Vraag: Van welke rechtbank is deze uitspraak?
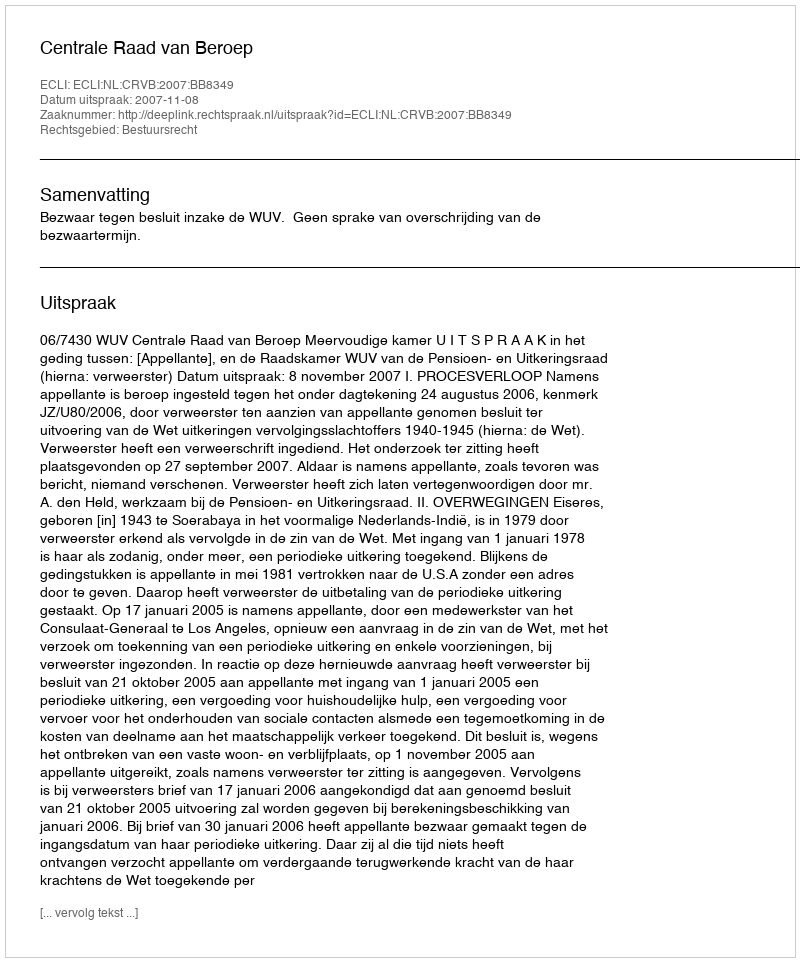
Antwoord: Centrale Raad van Beroep